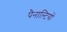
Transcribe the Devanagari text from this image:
पैनाल्टियों